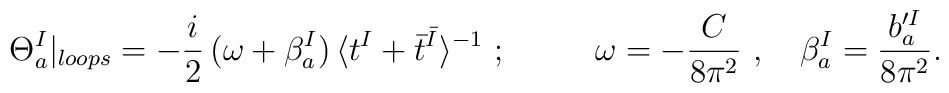
\Theta^I_a|_{loops}=-\frac{i}{2}\,(\omega+\beta^I_a)\,\langle t^I+\bar{t}^{\bar{I}}\rangle^{-1}~;{}~~~~~~~~\omega=-\frac{C}{8\pi^2}~,~~~\beta^I_a=\frac{b'^I_a}{8\pi^2}.